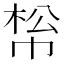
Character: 𢃪